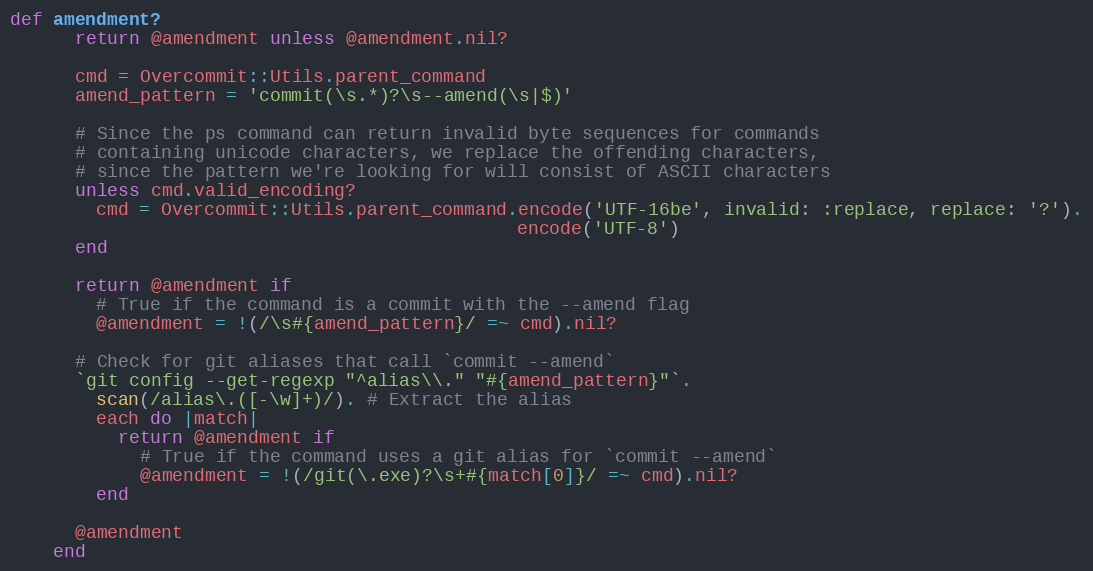
Language: Ruby
def amendment?
      return @amendment unless @amendment.nil?

      cmd = Overcommit::Utils.parent_command
      amend_pattern = 'commit(\s.*)?\s--amend(\s|$)'

      # Since the ps command can return invalid byte sequences for commands
      # containing unicode characters, we replace the offending characters,
      # since the pattern we're looking for will consist of ASCII characters
      unless cmd.valid_encoding?
        cmd = Overcommit::Utils.parent_command.encode('UTF-16be', invalid: :replace, replace: '?').
                                               encode('UTF-8')
      end

      return @amendment if
        # True if the command is a commit with the --amend flag
        @amendment = !(/\s#{amend_pattern}/ =~ cmd).nil?

      # Check for git aliases that call `commit --amend`
      `git config --get-regexp "^alias\\." "#{amend_pattern}"`.
        scan(/alias\.([-\w]+)/). # Extract the alias
        each do |match|
          return @amendment if
            # True if the command uses a git alias for `commit --amend`
            @amendment = !(/git(\.exe)?\s+#{match[0]}/ =~ cmd).nil?
        end

      @amendment
    end